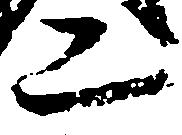
二